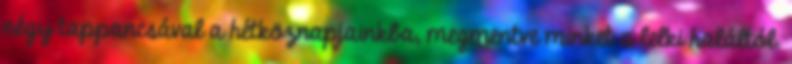
négy tappancsával a hétköznapjainkba, megmentve minket a lelki haláltól.